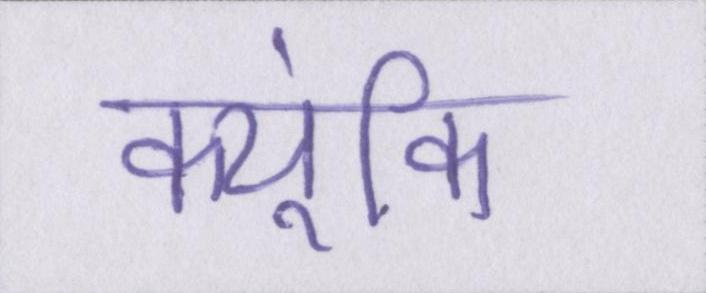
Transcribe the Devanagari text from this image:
क्यूंकि